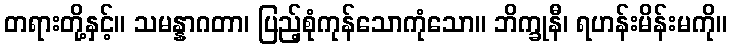
တရားတို့နှင့်။ သမန္နာဂတာ၊ ပြည့်စုံကုန်သောကုံသော။ ဘိက္ခုနီ၊ ရဟန်းမိန်းမကို။